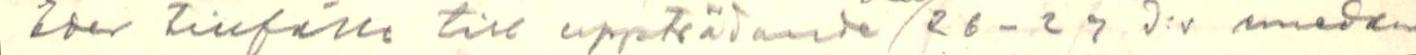
Eder tillfälle till uppträdande / 26-27 d:s emedan